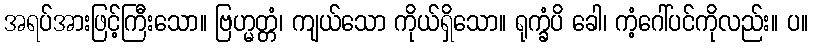
အရပ်အားဖြင့်ကြီးသော။ ဗြဟ္မတ္တံ၊ ကျယ်သော ကိုယ်ရှိသော။ ရုက္ခံပိ ခေါ၊ ကံ့ဂေါ်ပင်ကိုလည်း။ ပ။